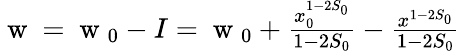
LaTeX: \begin{array}{r}{\mathrm{~w~}=\mathrm{~w~}_{0}-I=\mathrm{~w~}_{0}+\frac{x_{0}^{1-2S_{0}}}{1-2S_{0}}-\frac{x^{1-2S_{0}}}{1-2S_{0}}}\end{array}